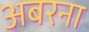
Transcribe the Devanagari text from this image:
अबरना